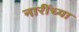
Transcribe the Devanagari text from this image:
नारींच्या